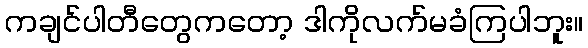
ကချင်ပါတီတွေကတော့ ဒါကိုလက်မခံကြပါဘူး။